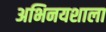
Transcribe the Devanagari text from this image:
अभिनयशाला